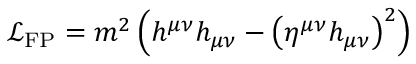
{ \mathcal { L } } _ { \mathrm { F P } } = m ^ { 2 } \left( h ^ { \mu \nu } h _ { \mu \nu } - \left( \eta ^ { \mu \nu } h _ { \mu \nu } \right) ^ { 2 } \right)